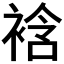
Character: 𧚼